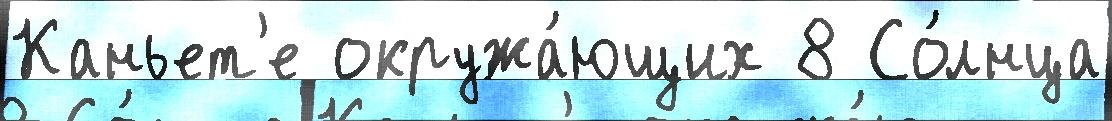
Каньет'е окружа́ющих 8 Со́лнца